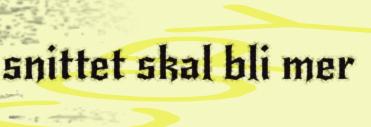
snittet skal bli mer